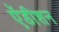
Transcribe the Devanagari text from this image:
ऍडीशन